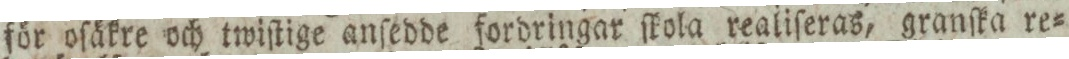
för oſäkre och twiſtige anſedde fordringar ſkola realiſeras, granſka re=